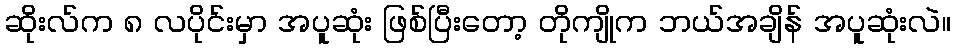
ဆိုးလ်က ၈ လပိုင်းမှာ အပူဆုံး ဖြစ်ပြီးတော့ တိုကျိုက ဘယ်အချိန် အပူဆုံးလဲ။